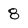
Character: 8